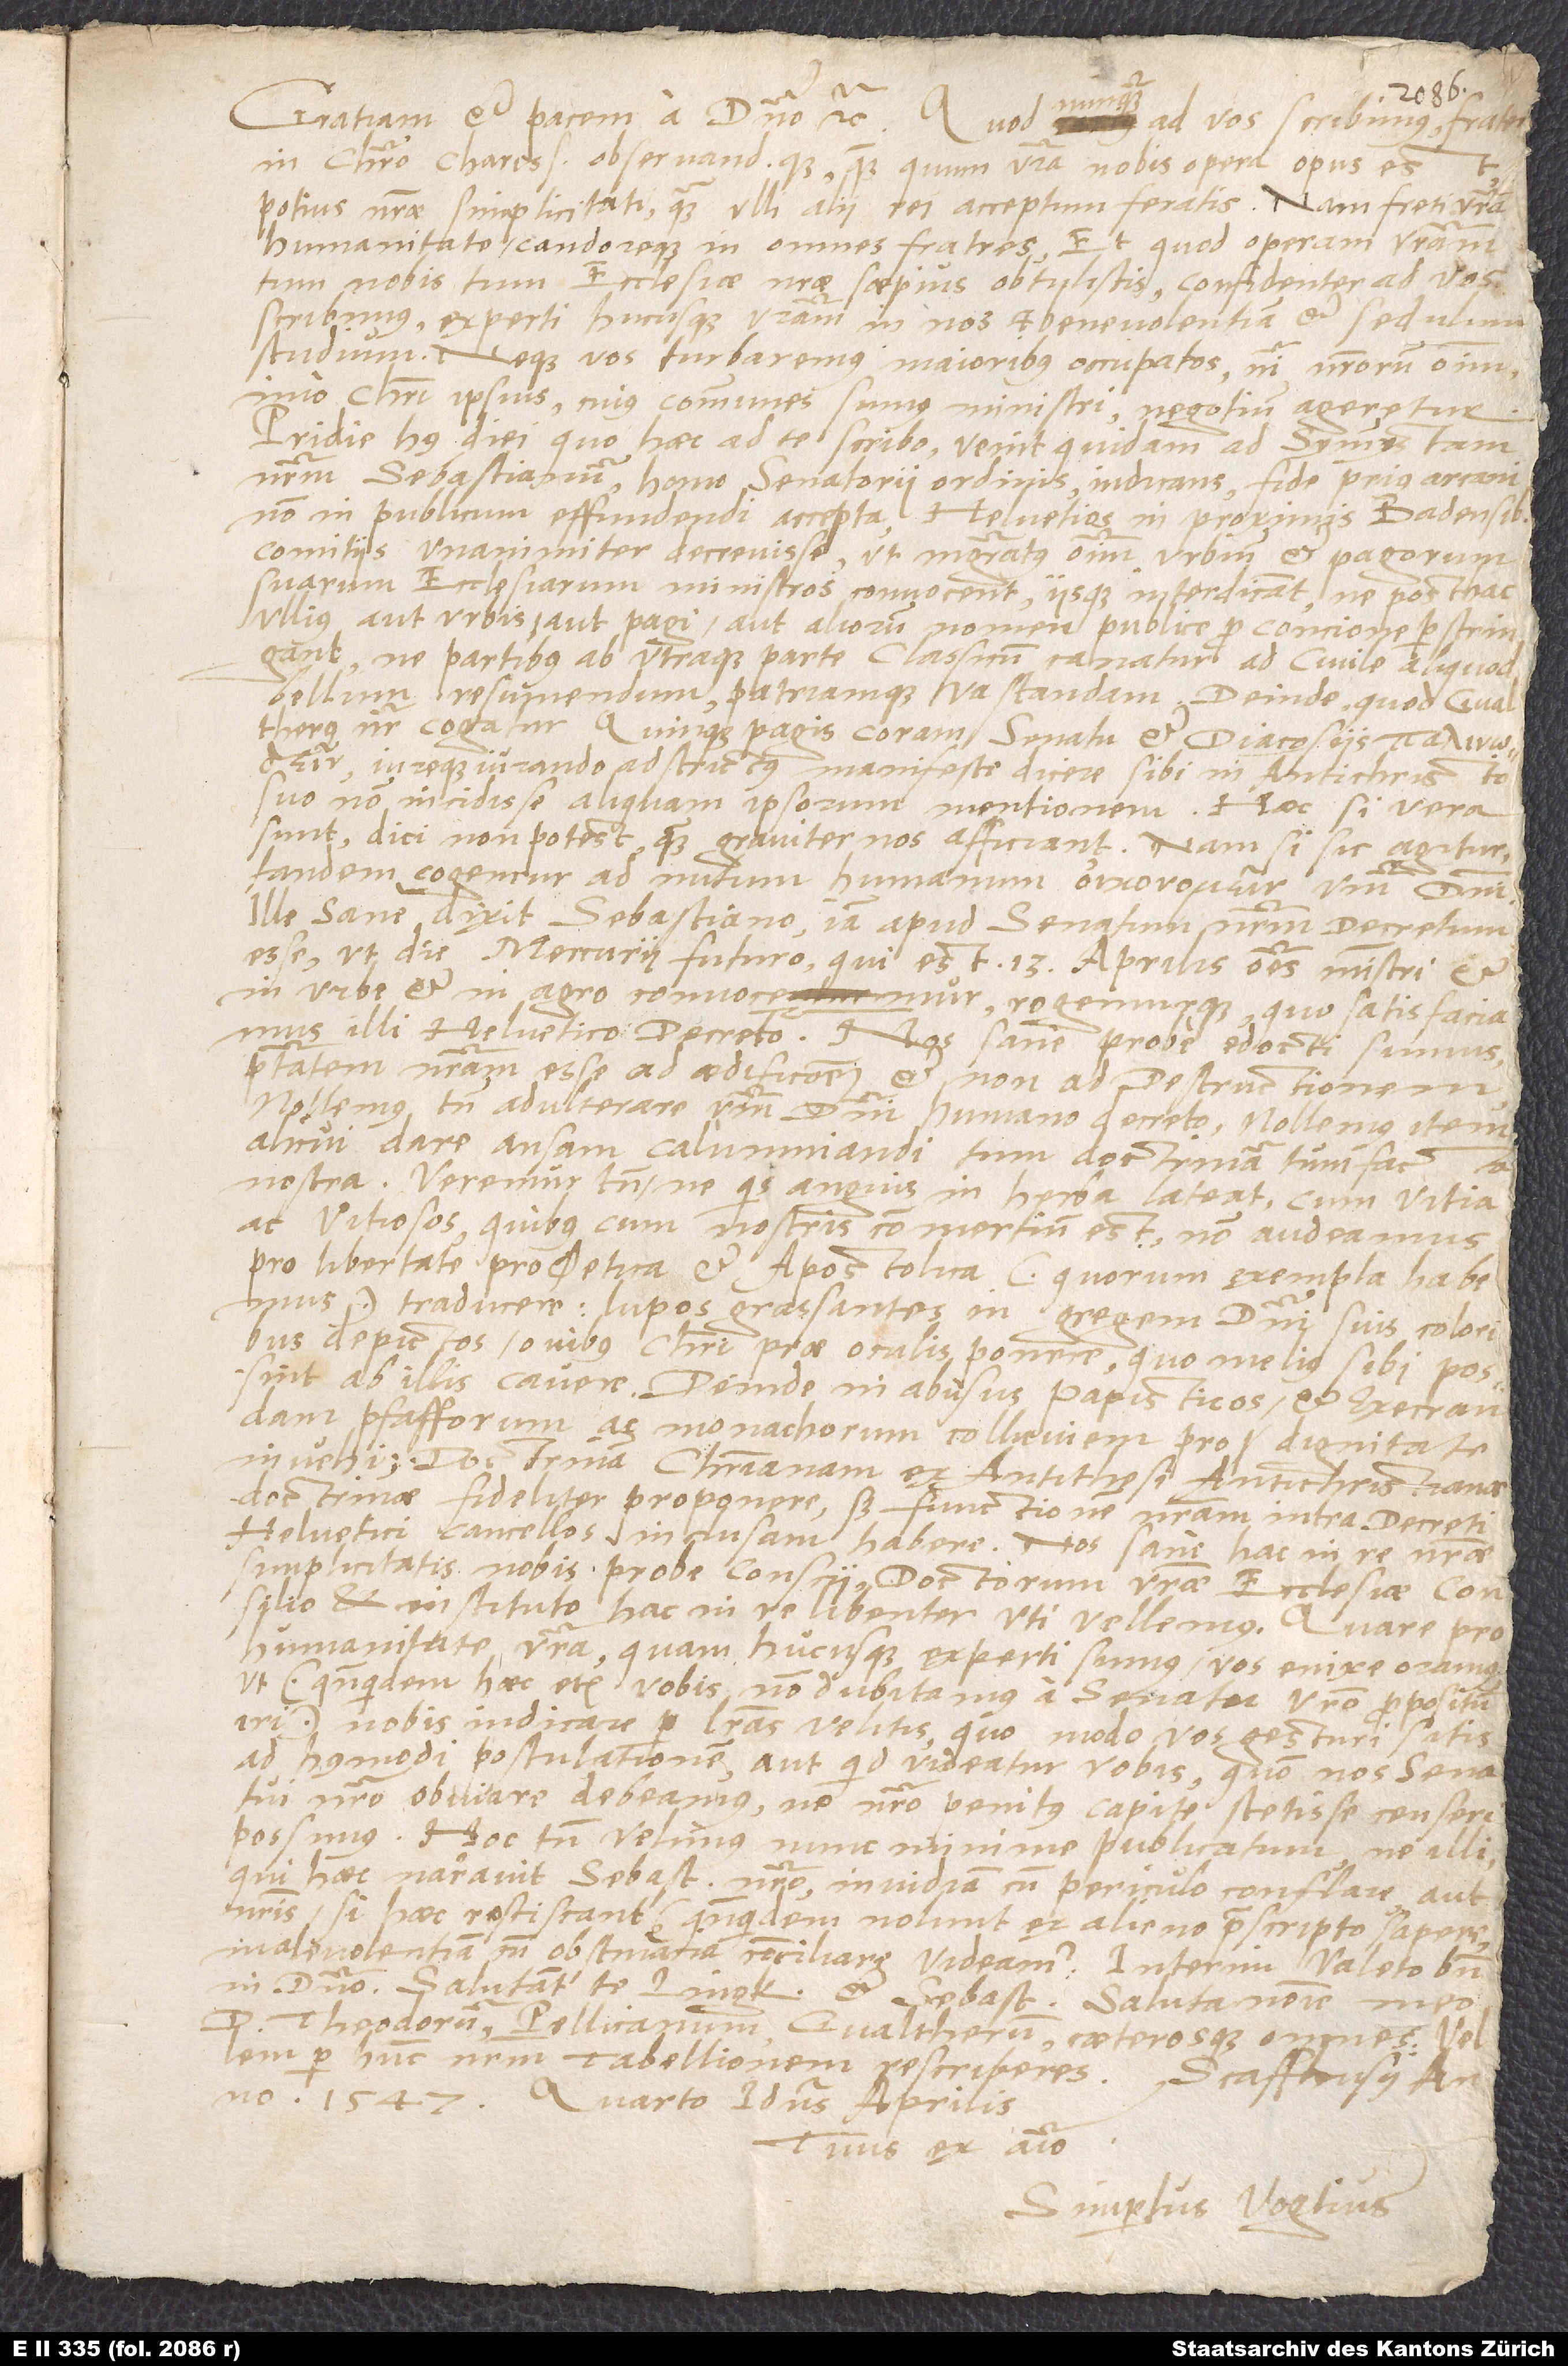
Gratiam et pacem a domino, etc. Quod nunquam ad vos scribimus, frater
in Christo charissime observandissimeque, quam quum vestra nobis opera opus est,
potius nostrae simplicitati quam ulli alii rei acceptum feratis. Nam freti vestra
humanitate candoreque in omnes fratres, et quod operam vestram
tum nobis tum ecclesiae nostrae saepius obtulistis, confidenter ad vos
scribimus, experti hucusque vestram in nos et benevolentiam et sedulum
studium. Neque vos turbaremus maioribus occupatos, nisi nostrorum omnium,
imo Christi ipsius, cuius communes sumus ministri, negotium ageretur.
Pridie huius diei, quo haec ad te scribo, venit quidam ad symmystam
nostrum Sebastianum, homo senatorii ordinis, indicans fide prius arcani
non in publicum effundendi accepta Helvetios in proximis Badensibus
comitiis unanimiter decrevisse, ut magistratus omnium urbium et pagorum
suarum ecclesiarum ministros convocent iisque interdicant, ne posthac
ullius aut urbis aut pagi aut aliorum nomen publice pro concione perstringant,
ne partibus ab utraque parte classicum canatur ad civile aliquod
bellum resumendum patriamque vastandam. Deinde quod Gvalterus
noster cogatur Quinque Pagis coram senatu et diacosiis ,
iureque iurando adstrictus manifeste dicere sibi in Antichristo
suo non incidisse aliquam ipsorum mentionem. Haec si vera
sunt, dici non potest, quam graviter nos afficiant. Nam si sic agitur,
tandem cogemur ad nutum humanum verbum domini.
Ille sane dixit Sebastiano iam apud senatum nostrum decretum
esse, ut die mercurii futuro, qui est 13. aprilis, omnes ministri et
in urbe et in agro convocemur rogemurque, quo satisfaciamus
illi Helvetico decreto! Nos sane probe edocti sumus
potestatem nostram esse ad aedificationem et non ad destructionem.
Nollemus tamen adulterare verbum domini humano decreto; nollemus item
alicui dare ansam calumniandi tum doctrinam tum facta
nostra. Veremur tamen, ne quis anguis in herba lateat, cum vitia
ac vitiosos, quibuscum nostris commertium est, non audeamus
pro libertate pro ϕ eti ca et apostolica (quorum exempla habemus)
traducere, lupos grassantes in gregem domini suis coloribus
depictos ovibus Christi prae oculis ponere, quo melius sibi possint
ab illis cavere, deinde in abusus papisticos et execrandam
pfafforum ac monachorum colluviem pro dignitate
invehi, doctrinam christianam ex antithesi antichristianae
doctrinae fideliter proponere, sed functionem nostram intra decreti
Helvetici cancellos inclusam habere. Nos sane hac in re nostrae
simplicitatis nobis probe conscii, doctorum vestrae ecclesiae consilio
et instituto hac in re libenter uti vellemus. Quare pro
humanitate vestra, quam hucusque experti sumus, vos enixe oramus,
ut (quandoquidem haec etiam vobis non dubitamus a senatu vestro propositum
iri) nobis indicare per literas velitis, quo modo vos gesturi sitis
ad huiusmodi postulationem, aut quid videatur vobis, quo modo nos senatui
nostro obviare debeamus, ne nostro penitus capite stetisse censeri
possimus. Hoc tamen velimus nunc minime publicatum, ne illi,
qui haec narravit Sebastiano nostro, invidiam cum periculo conflare aut
nostris, si haec resciscant (quandoquidem nolunt ex alieno praescripto sapere),
malevolentiam cum obstinacia conciliare videamur. Interim valeto bene
in domino. Salutant te Lingkius et Sebastianus. Saluta nomine meo
d. Theodorum, Pellicanum, Gvaltherum caeterosque omnes. Vellem,
per hunc nostrum tabellionem rescriberes. Scaffhusii, anno
1547 quarto idus aprilis.
Tuus ex animo
Simpertus Vogtius.